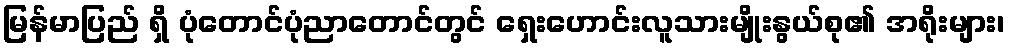
မြန်မာပြည် ရှိ ပုံတောင်ပုံညာတောင်တွင် ရှေးဟောင်းလူသားမျိုးနွယ်စု၏ အရိုးများ၊